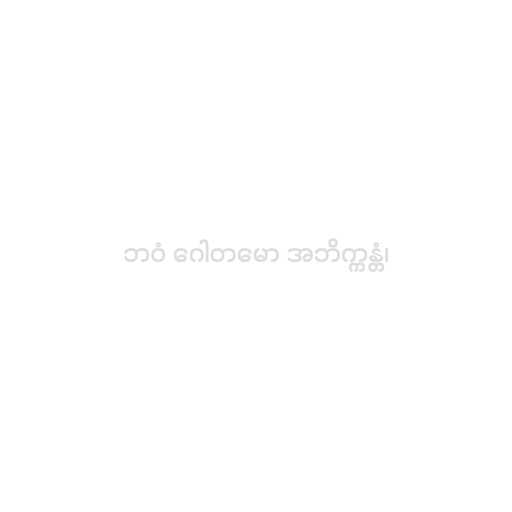
ဘဝံ ဂေါတမော အဘိက္ကန္တံ၊